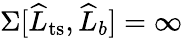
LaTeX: \Sigma[\widehat{L}_{\mathrm{ts}},\widehat{L}_{b}]=\infty